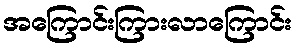
အကြောင်းကြားလာကြောင်း